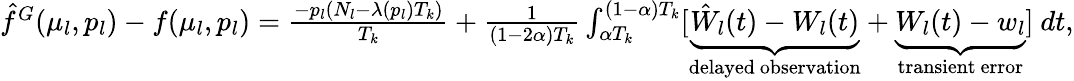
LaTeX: \begin{array}{r}{\hat{f}^{G}(\mu_{l},p_{l})-f(\mu_{l},p_{l})=\frac{-p_{l}(N_{l}-\lambda(p_{l})T_{k})}{T_{k}}+\frac{1}{(1-2\alpha)T_{k}}\int_{\alpha T_{k}}^{(1-\alpha)T_{k}}[\underbrace{\hat{W}_{l}(t)-W_{l}(t)}_{\mathrm{delayed~observation}}+\underbrace{W_{l}(t)-w_{l}}_{\mathrm{transient~error}}]~dt,}\end{array}